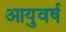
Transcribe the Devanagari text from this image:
आयुवर्ष